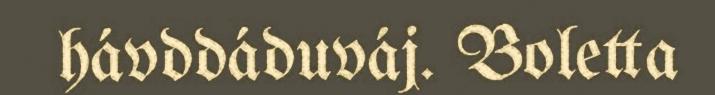
hávddáduváj. Boletta